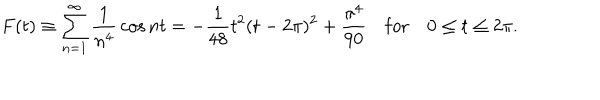
F ( t ) \equiv \sum _ { n = 1 } ^ { \infty } { \frac { 1 } { n ^ { 4 } } } \cos n t = - { \frac { 1 } { 4 8 } } t ^ { 2 } ( t - 2 \pi ) ^ { 2 } + { \frac { \pi ^ { 4 } } { 9 0 } } \quad \mathrm { f o r } \quad 0 \le t \le 2 \pi .